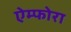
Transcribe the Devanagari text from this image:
ऐम्फोरा